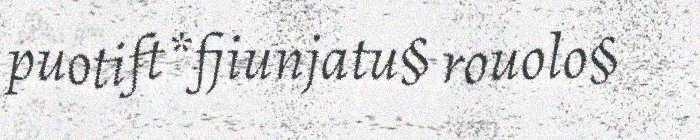
puotift*fjiunjatu§ rouolo§